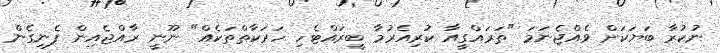
ނުކުރާ ބަޔަކަށް ވެއްޖެނަމަ "ތަރައްގީއާ ކުރިއެރުމާ ބީރައްޓެހި ހަރަކާތްތަކެއް" ނޫނީ ރާއްޖެއިން ފެނިގެން